Civil Veterinary Department Bihar reports 1936-40 - 1936-1940
Year: 1936
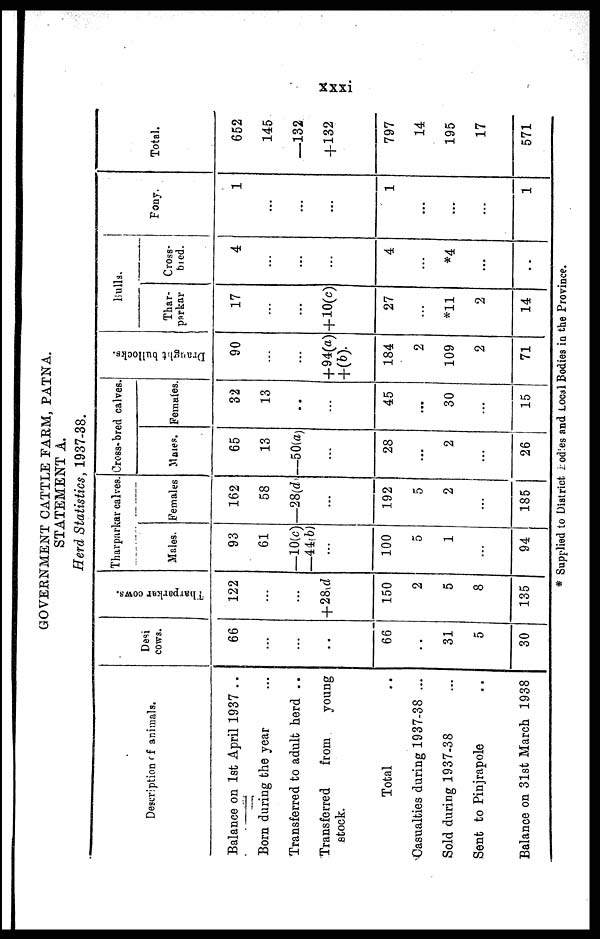
xxxi
GOVERNMENT CATTLE FAEM, PATNA.
STATEMENT A.
Herd Statistics, 1937-38.
Description of animals.
Balance on 1st April 1937 ..
Born during the year ...
Transferred to adult herd ..
Transferred
from
young
stock.
Total ..
Casualties during 1937-38 ...
Sold during 1937-38 ...
Sent to Pinjrapole ..
Balance on 31st March 1938
Desi
cows.
66
...
...
..
66
...
31
5
30
Tharparkar cows.
122
...
...
+28 (d)
150
2
5
8
135
Tharparkar calves.
Males.
93
61
—10(c)
—44 (b)
...
100
5
1
...
94
Females
162
58
—28(d)
...
192
5
2
...
185
Cross-bred calves.
Males.
65
13
—50(a)
...
28
...
2
...
26
Females.
32
13
..
...
45
...
30
...
15
Draught bullocks.
90
...
...
+94(a)
+(b)
184
2
109
2
71
Bulls.
Thar-
parkar
17
...
...
+10(c)
27
...
*11
2
14
Cross-
bred.
4
...
...
...
4
...
*4
...
..
Pony.
1
...
...
...
1
...
...
...
1
Total.
652
145
—132
+132
797
14
195
17
571
* Supplied to District Bodies and Local Bodies in the Province.